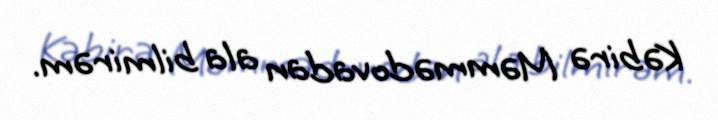
Kəbirə Məmmədovadan ala bilmirəm.